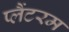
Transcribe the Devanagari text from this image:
प्लैंटरम